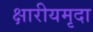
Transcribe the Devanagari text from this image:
क्षारीयमृदा